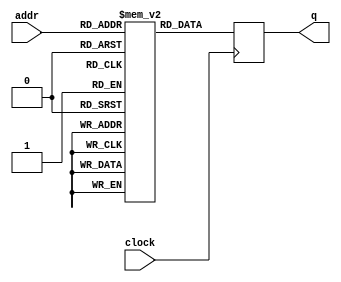
module inferred_rom_mif (
	input 	   [7:0] 	addr,
	input 				   clock,
	output reg  [15:0] 	q);
   
   // note init directive is for synthesis, doesn't simulate!!!
   (* ram_init_file = "verilog/rom_contents.mif" *) reg [15:0] M [0:255];
   
   always @(posedge clock)
      q <= M[addr];
      
endmodule